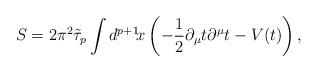
LaTeX: \begin{align*}S=2\pi^2\tilde{\tau}_p\int d^{p+1}\!x\left(-\frac{1}{2}\partial_{\mu}t\partial^{\mu}t-V(t)\right), \end{align*}